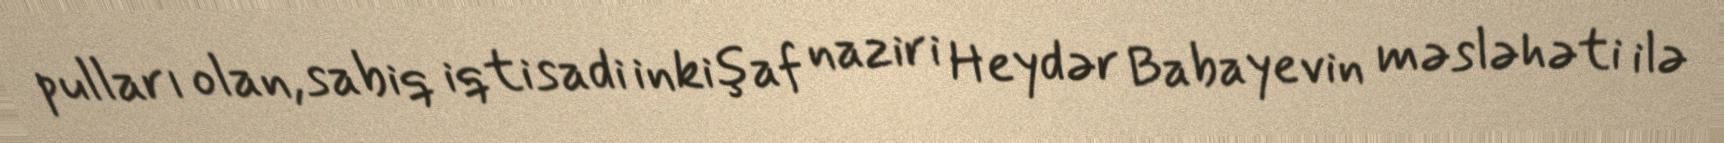
pulları olan, sabiq iqtisadi inkişaf naziri Heydər Babayevin məsləhəti ilə